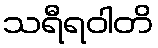
သရီရဝါတိ